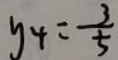
y _ { 4 } = \frac { 3 } { 5 }